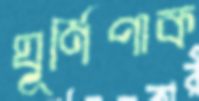
ঘূর্ণিপাক